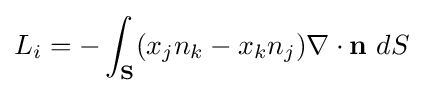
L_{i}=-\int _{\mathbf {S} }(x_{j}n_{k}-x_{k}n_{j})\nabla \cdot \mathbf {n} \ dS